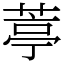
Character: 葶